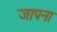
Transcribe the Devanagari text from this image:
जापना